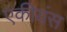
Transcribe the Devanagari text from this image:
एकीयंस